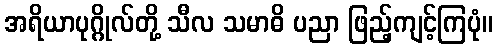
အရိယာပုဂ္ဂိုလ်တို့ သီလ သမာဓိ ပညာ ဖြည့်ကျင့်ကြပုံ။